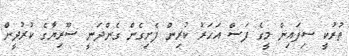
ތުރުކީ ސިފައިން މީގެ ފަސް އަހަރު ކުރިން ފެށިގެން ގެންދަނީ ސޫރިޔާގެ ކުރުދީން